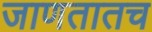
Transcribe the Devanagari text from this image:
जाणतातच